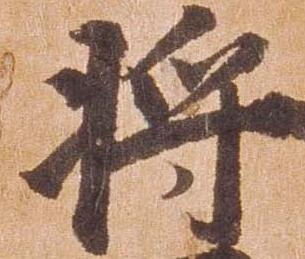
将